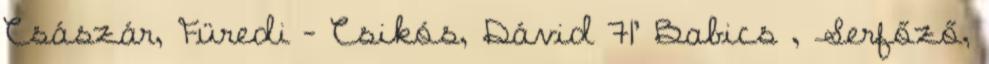
Császár, Füredi – Csikós, Dávid 71’ Babics , Serfőző,